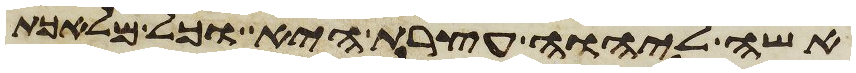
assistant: אשה ליהוה עצרת היא וכל מלאכת